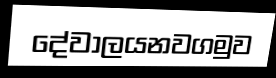
දේවාලයනවගමුව